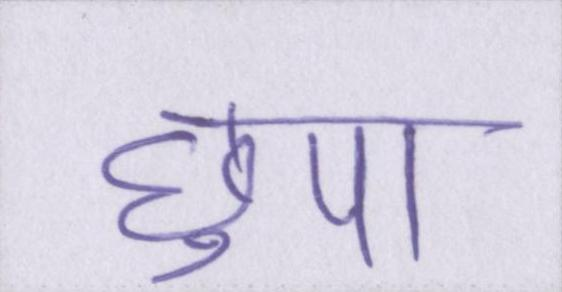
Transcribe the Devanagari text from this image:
छुपा